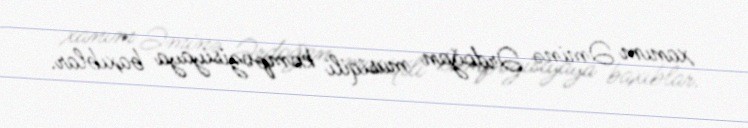
xanım Əminə Ərdoğan musiqili kompozisiyaya baxıblar.